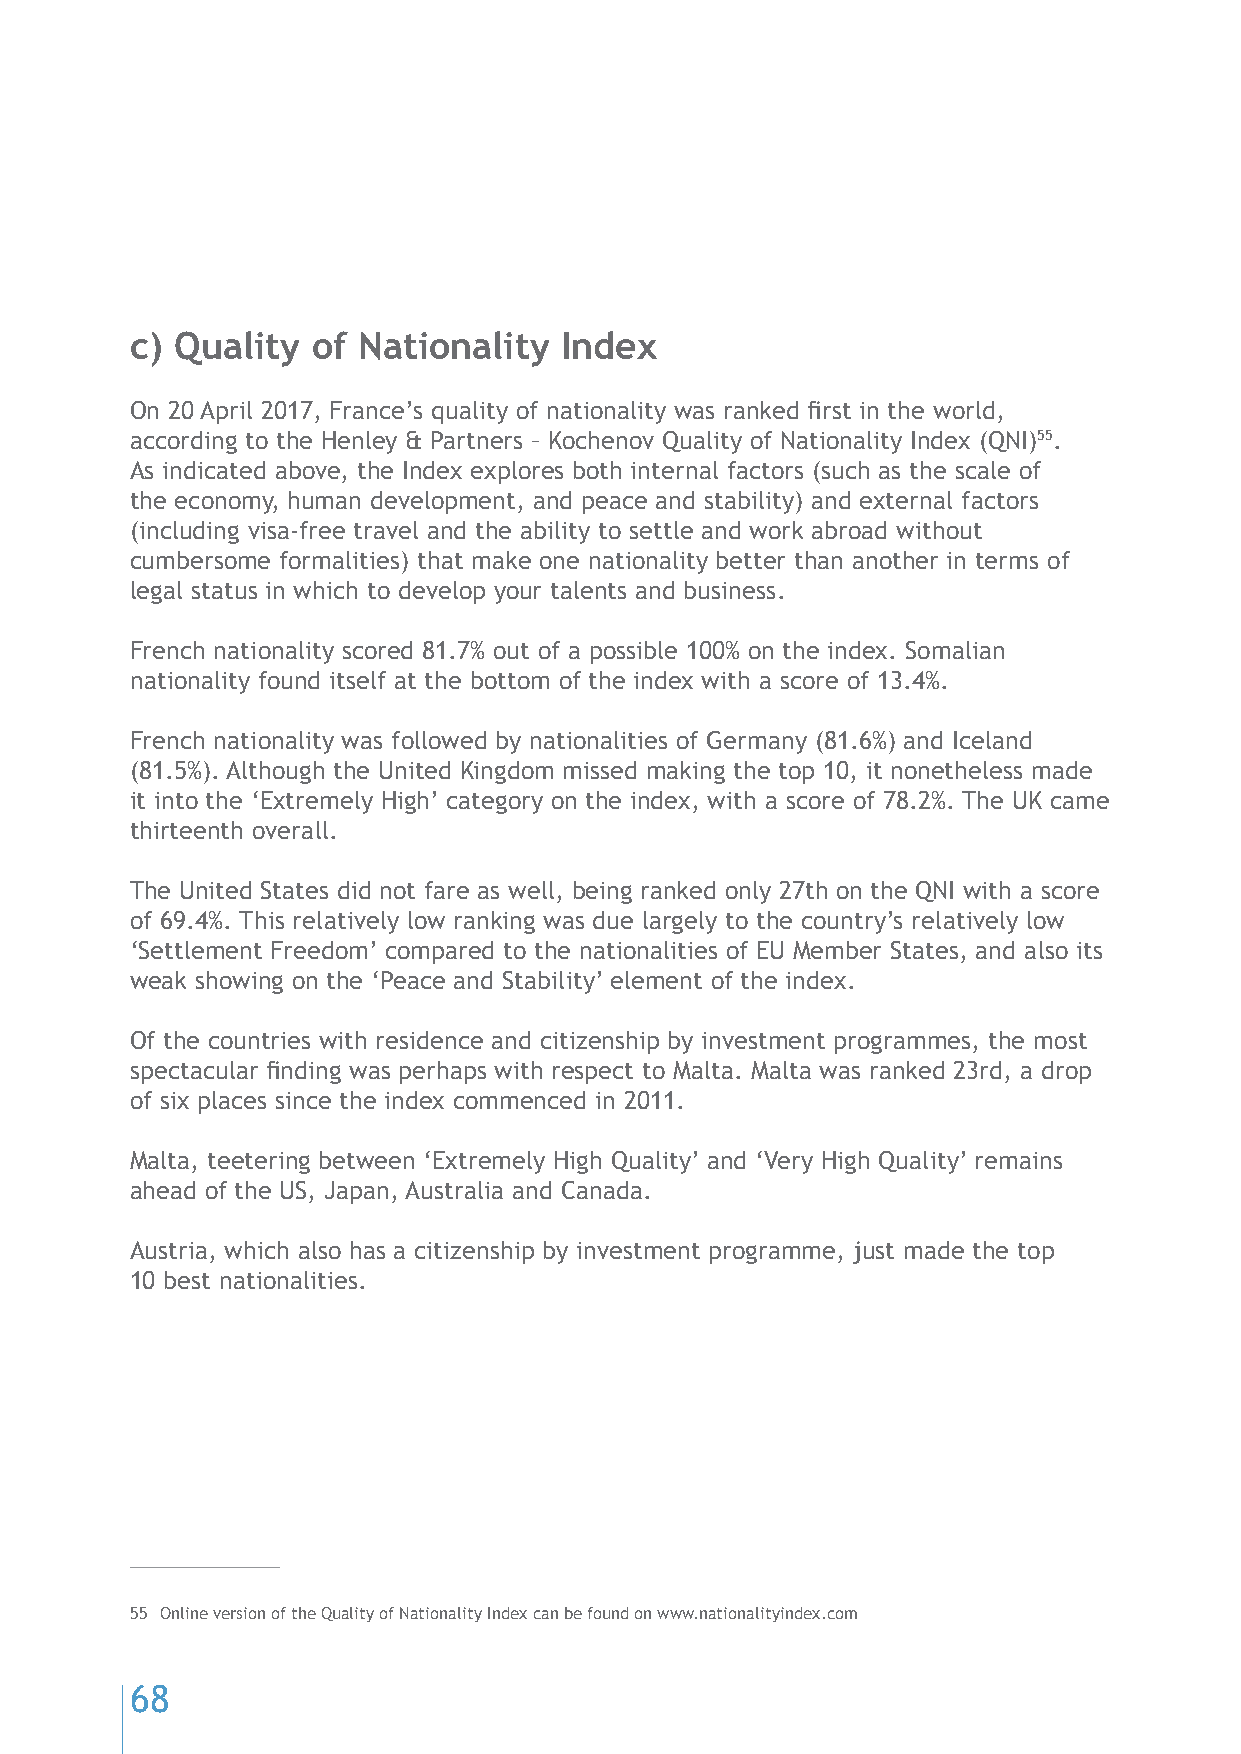
c) Quality  of Nationality  Index
 On 20 April 2017, France’s quality of nationality was ranked first in the world,
 according to the Henley & Partners – Kochenov Quality of Nationality Index (QNI)55.
 As indicated above, the Index explores both internal factors (such as the scale of
 the economy, human development, and peace and stability) and external factors
 (including visa-free travel and the ability to settle and work abroad without
 cumbersome formalities) that make one nationality better than another in terms of
 legal status in which to develop your talents and business.
 French nationality scored 81.7% out of a possible 100% on the index. Somalian
 nationality found itself at the bottom of the index with a score of 13.4%.
 French nationality was followed by nationalities of Germany (81.6%) and Iceland
 (81.5%). Although the United Kingdom missed making the top 10, it nonetheless made
 it into the ‘Extremely High’ category on the index, with a score of 78.2%. The UK came
 thirteenth overall.
 The United States did not fare as well, being ranked only 27th on the QNI with a score
 of 69.4%. This relatively low ranking was due largely to the country’s relatively low
 ‘Settlement Freedom’ compared to the nationalities of EU Member States, and also its
 weak showing on the ‘Peace and Stability’ element of the index.
 Of the countries with residence and citizenship by investment programmes, the most
 spectacular finding was perhaps with respect to Malta. Malta was ranked 23rd, a drop
 of six places since the index commenced in 2011.
 Malta, teetering between ‘Extremely High Quality’ and ‘Very High Quality’ remains
 ahead of the US, Japan, Australia and Canada.
 Austria, which also has a citizenship by investment programme, just made the top
 10 best nationalities.
 55 Online version of the Quality of Nationality Index can be found on www.nationalityindex.com
 68